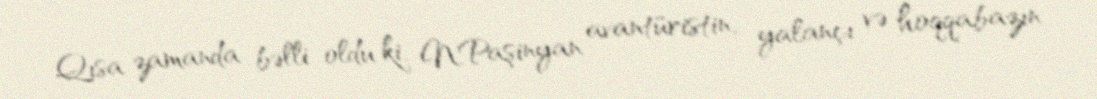
Qısa zamanda bəlli oldu ki, N.Paşinyan avantüristin, yalançı və hoqqabazın